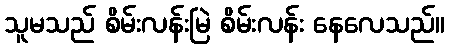
သူမသည် စိမ်းလန်းမြဲ စိမ်းလန်း နေလေသည်။